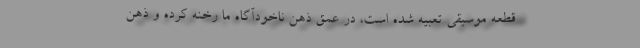
قطعه موسیقی تعبیه شده است،‌ در عمق ذهن ناخودآگاه ما رخنه کرده و ذهن